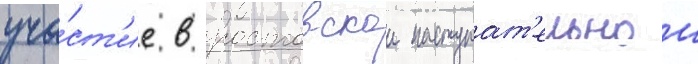
уча́ст'ие в ростовскои наступат'ельнои